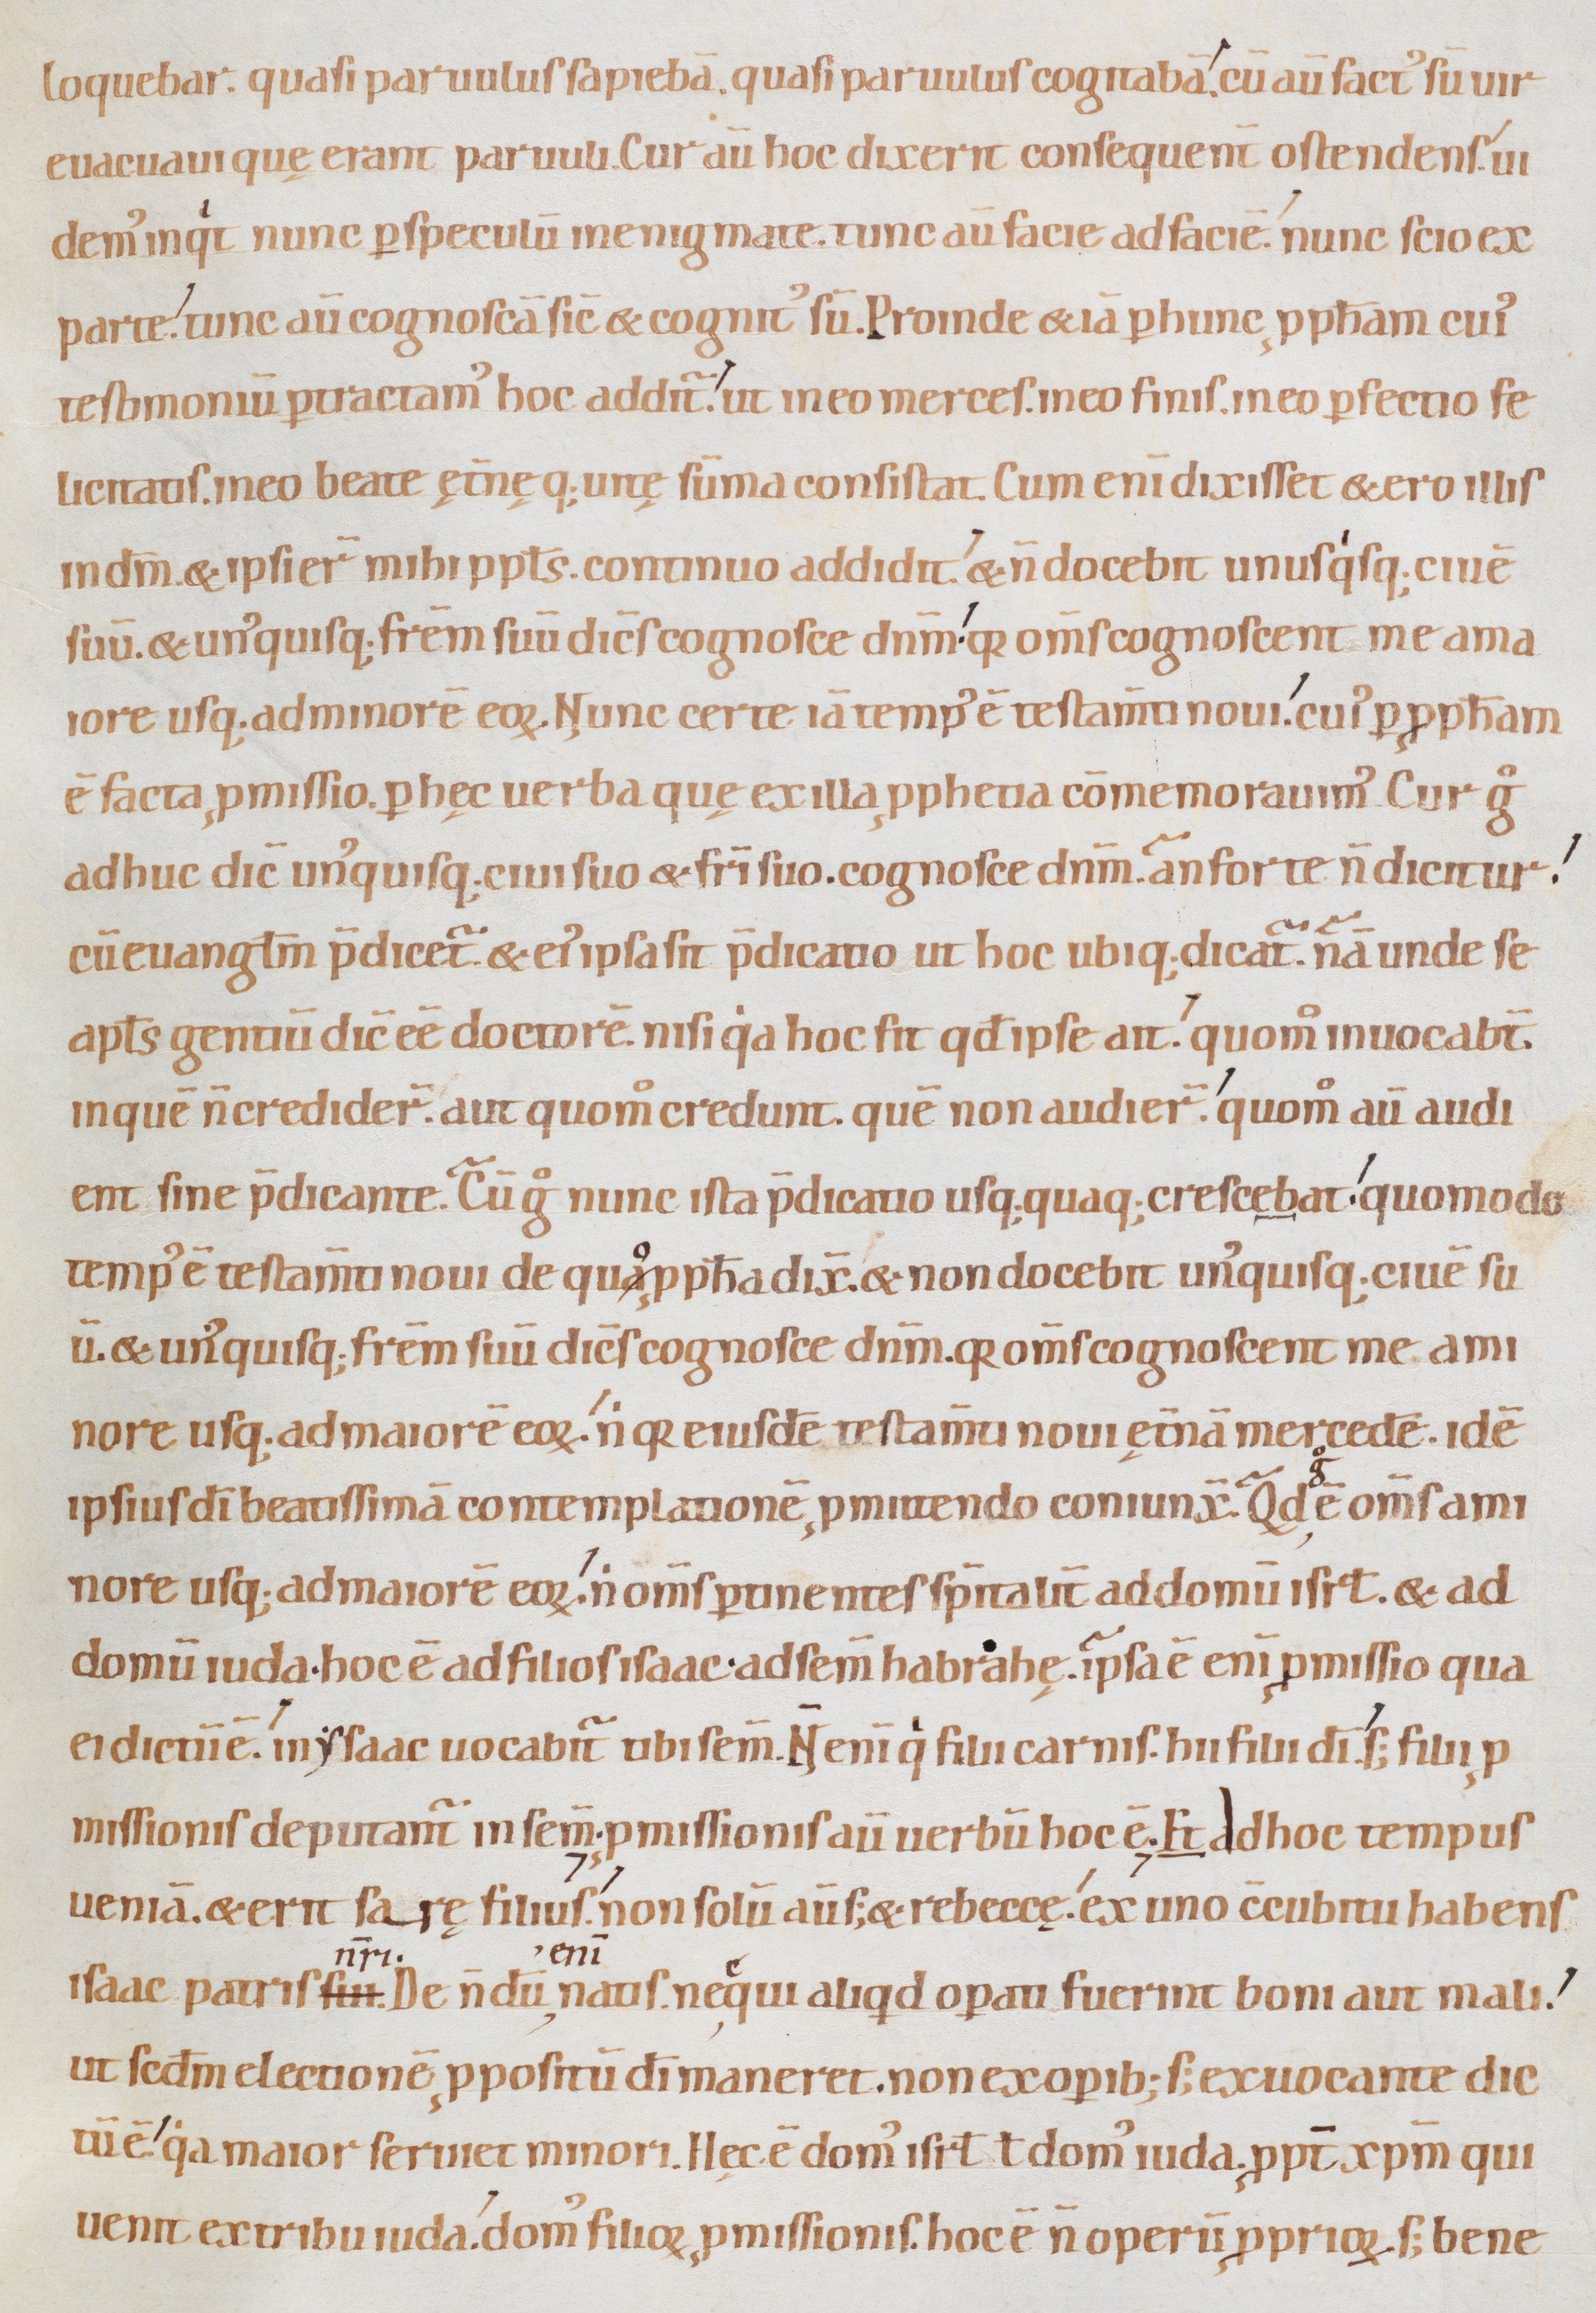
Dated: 1080–1096